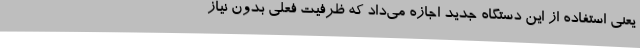
یعنی استفاده از این دستگاه جدید اجازه می‌داد که ظرفیت فعلی بدون نیاز